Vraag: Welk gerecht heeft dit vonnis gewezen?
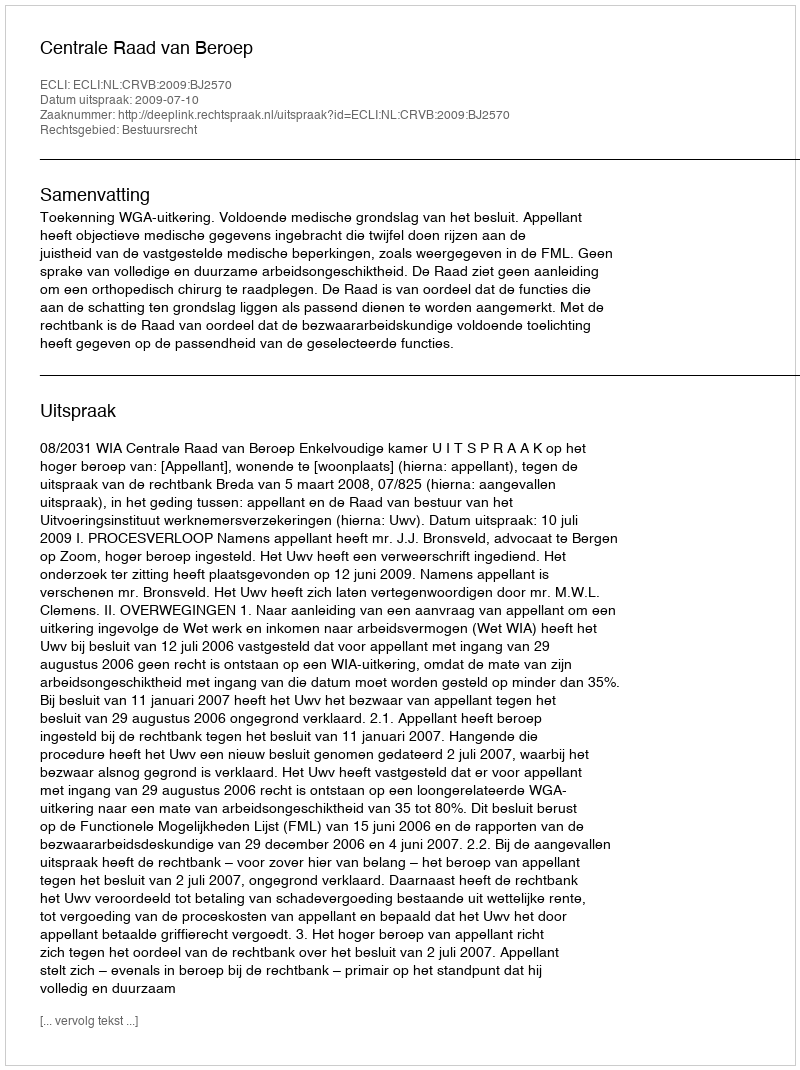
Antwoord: Centrale Raad van Beroep